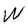
Character: W